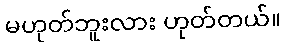
မဟုတ်ဘူးလား ဟုတ်တယ်။